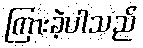
ကြားခဲ့ပါသည်